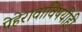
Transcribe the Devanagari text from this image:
पेहेरावाविषयीही